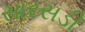
સારસડી